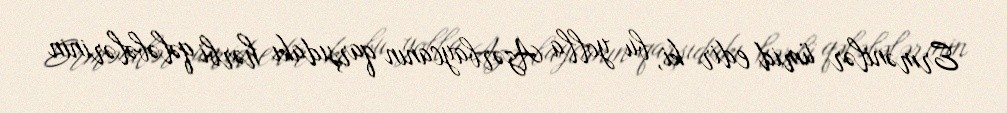
Ermənilər ümid edir ki, bu yolla Azərbaycanın qarşıdakı hərbi qələbələrinin